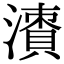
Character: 𣿙